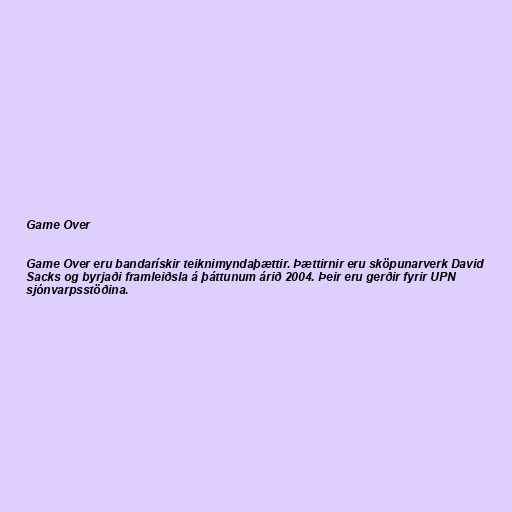
Game Over

Game Over eru bandarískir teiknimyndaþættir. Þættirnir eru sköpunarverk David
Sacks og byrjaði framleiðsla á þáttunum árið 2004. Þeir eru gerðir fyrir UPN
sjónvarpsstöðina.